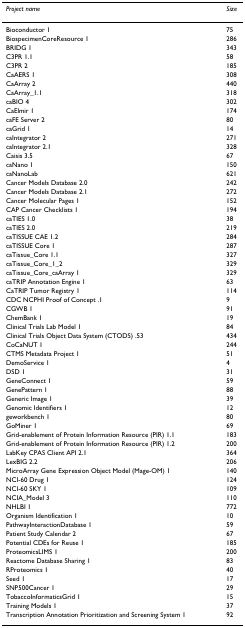
<table><thead><tr><td><b><i>Project name</i></b></td><td><b><i>Size</i></b></td></tr></thead><tbody><tr><td>Bioconductor 1</td><td>75</td></tr><tr><td>BiospecimenCoreResource 1</td><td>286</td></tr><tr><td>BRIDG 1</td><td>343</td></tr><tr><td>C3PR 1.1</td><td>58</td></tr><tr><td>C3PR 2</td><td>185</td></tr><tr><td>CaAERS 1</td><td>308</td></tr><tr><td>CaArray 2</td><td>440</td></tr><tr><td>CaArray_1.1</td><td>318</td></tr><tr><td>caBIO 4</td><td>302</td></tr><tr><td>CaElmir 1</td><td>174</td></tr><tr><td>caFE Server 2</td><td>80</td></tr><tr><td>caGrid 1</td><td>14</td></tr><tr><td>caIntegrator 2</td><td>271</td></tr><tr><td>caIntegrator 2.1</td><td>328</td></tr><tr><td>Caisis 3.5</td><td>67</td></tr><tr><td>caNano 1</td><td>150</td></tr><tr><td>caNanoLab</td><td>621</td></tr><tr><td>Cancer Models Database 2.0</td><td>242</td></tr><tr><td>Cancer Models Database 2.1</td><td>272</td></tr><tr><td>Cancer Molecular Pages 1</td><td>152</td></tr><tr><td>CAP Cancer Checklists 1</td><td>194</td></tr><tr><td>caTIES 1.0</td><td>38</td></tr><tr><td>caTIES 2.0</td><td>219</td></tr><tr><td>caTISSUE CAE 1.2</td><td>284</td></tr><tr><td>caTISSUE Core 1</td><td>287</td></tr><tr><td>caTissue_Core 1.1</td><td>327</td></tr><tr><td>caTissue_Core_1_2</td><td>329</td></tr><tr><td>caTissue_Core_caArray 1</td><td>329</td></tr><tr><td>caTRIP Annotation Engine 1</td><td>63</td></tr><tr><td>CaTRIP Tumor Registry 1</td><td>114</td></tr><tr><td>CDC NCPHI Proof of Concept .1</td><td>9</td></tr><tr><td>CGWB 1</td><td>91</td></tr><tr><td>ChemBank 1</td><td>19</td></tr><tr><td>Clinical Trials Lab Model 1</td><td>84</td></tr><tr><td>Clinical Trials Object Data System (CTODS) .53</td><td>434</td></tr><tr><td>CoCaNUT 1</td><td>244</td></tr><tr><td>CTMS Metadata Project 1</td><td>51</td></tr><tr><td>DemoService 1</td><td>4</td></tr><tr><td>DSD 1</td><td>31</td></tr><tr><td>GeneConnect 1</td><td>59</td></tr><tr><td>GenePattern 1</td><td>88</td></tr><tr><td>Generic Image 1</td><td>39</td></tr><tr><td>Genomic Identifiers 1</td><td>12</td></tr><tr><td>geworkbench 1</td><td>80</td></tr><tr><td>GoMiner 1</td><td>69</td></tr><tr><td>Grid-enablement of Protein Information Resource (PIR) 1.1</td><td>183</td></tr><tr><td>Grid-enablement of Protein Information Resource (PIR) 1.2</td><td>200</td></tr><tr><td>LabKey CPAS Client API 2.1</td><td>364</td></tr><tr><td>LexBIG 2.2</td><td>206</td></tr><tr><td>MicroArray Gene Expression Object Model (Mage-OM) 1</td><td>140</td></tr><tr><td>NCI-60 Drug 1</td><td>124</td></tr><tr><td>NCI-60 SKY 1</td><td>109</td></tr><tr><td>NCIA_Model 3</td><td>110</td></tr><tr><td>NHLBI 1</td><td>772</td></tr><tr><td>Organism Identification 1</td><td>10</td></tr><tr><td>PathwayInteractionDatabase 1</td><td>59</td></tr><tr><td>Patient Study Calendar 2</td><td>67</td></tr><tr><td>Potential CDEs for Reuse 1</td><td>185</td></tr><tr><td>ProteomicsLIMS 1</td><td>200</td></tr><tr><td>Reactome Database Sharing 1</td><td>83</td></tr><tr><td>RProteomics 1</td><td>40</td></tr><tr><td>Seed 1</td><td>17</td></tr><tr><td>SNP500Cancer 1</td><td>29</td></tr><tr><td>TobaccoInformaticsGrid 1</td><td>15</td></tr><tr><td>Training Models 1</td><td>37</td></tr><tr><td>Transcription Annotation Prioritization and Screening System 1</td><td>92</td></tr></tbody></table>